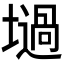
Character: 𡑟